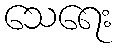
သေရေး